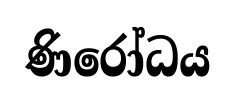
ණිරෝධය